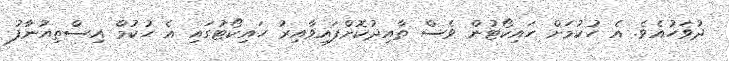
ދުވަހުއެވެ. އެ ހުކުމަށް ހައިކޯޓުން ވެސް ތާއިދުކޮށްފައިވާއިރު ހައިކޯޓުގައި އެ ހުކުމް އިސްތިއުނާފު